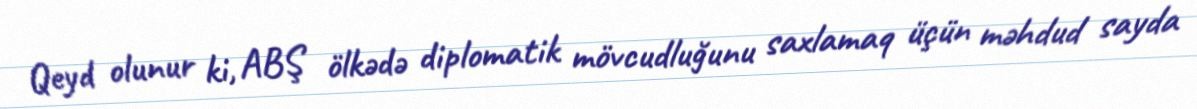
Qeyd olunur ki, ABŞ ölkədə diplomatik mövcudluğunu saxlamaq üçün məhdud sayda